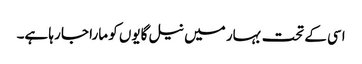
اسی کے تحت بہار میں نیل گایوں کو مارا جا رہا ہے۔